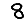
Digit: 8